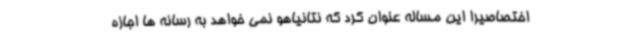
اختصاصیرا این مساله عنوان کرد که نتانیاهو نمی خواهد به رسانه ها اجازه